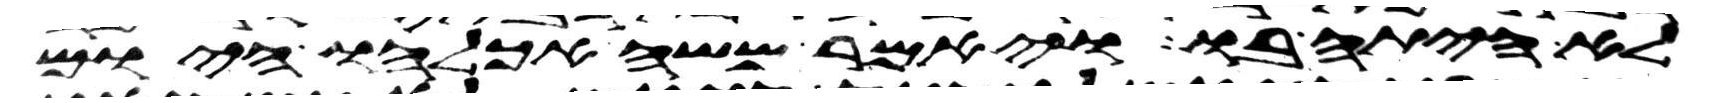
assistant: לא היתה בו ויאמר משה אכלהו היום